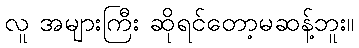
လူ အများကြီး ဆိုရင်တော့မဆန့်ဘူး။